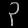
Digit: ၃